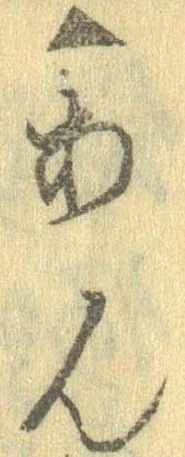
▲あん